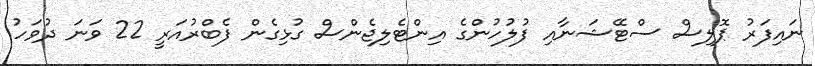
ނައިފަރު ޕޮލިސް ސްޓޭޝަނާއި ފުލުހުންގެ އިންޓެލިޖެންސް ގުޅިގެން ފެބްރުއަރީ 22 ވަނަ ދުވަހު